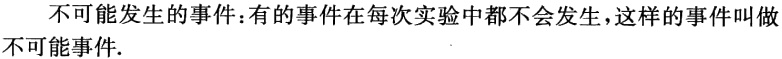
不可能发生的事件：有的事件在每次实验中都不会发生，这样的事件叫做不可能事件.